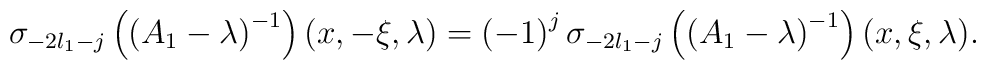
\sigma_{-2l_1-j}\left(\left(A_1-\lambda\right)^{-1}\right)(x,-\xi,\lambda)=\left(-1\right)^j\sigma_{-2l_1-j}\left(\left(A_1-\lambda\right)^{-1}\right)(x,\xi,\lambda).